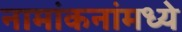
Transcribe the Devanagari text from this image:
नामांकनांमध्ये